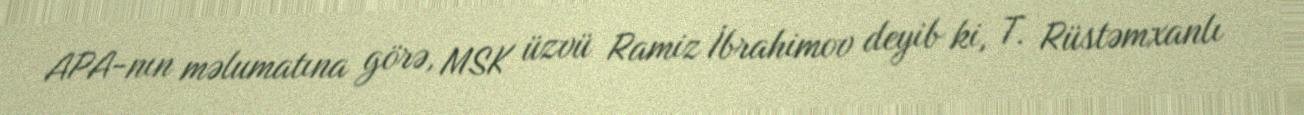
APA-nın məlumatına görə, MSK üzvü Ramiz İbrahimov deyib ki, T. Rüstəmxanlı